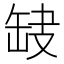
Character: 𦈫